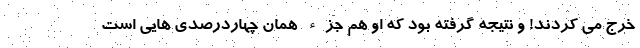
خرج می کردند! و نتیجه گرفته بود که او هم جزء همان چهاردرصدی هایی است